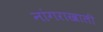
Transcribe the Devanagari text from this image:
नांगराखाली